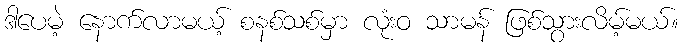
ဒါပေမဲ့ နောက်လာမယ့် စနစ်သစ်မှာ လုံးဝ သာမန် ဖြစ်သွားလိမ့်မယ်။